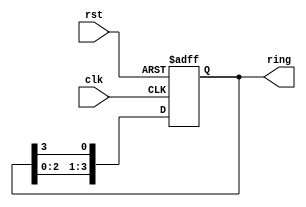
`timescale 1ns/1ps
/******************************************************************************
 * (C) Copyright 2016 AGH UST All Rights Reserved
 *
 * MODULE:    ring_counter
 * DEVICE:    general
 * PROJECT:   stopwatch
 * ABSTRACT:  This is a simple ring counter with parameterized size and initial
 *            value. The content of the ring counter is shifted left on each
 *            clock cycle
 *
 * Module provided by lecturer
 *
 * HISTORY:
 * 1 Jan 2016, RS - initial version
 *
 *****************************************************************************/
module ring_counter
    # ( parameter
        SIZE     = 4, // number of bits in the ring counter
        INIT_VAL = 1  // initial value after reset
    )
    (
        input  wire                  clk, // posedge clk
        input  wire                  rst, // async reset active HIGH
        output reg  [ SIZE - 1 : 0 ] ring // ring counter with one bit = 0
    );

    always @(posedge clk or posedge rst)
        if(rst)
            ring <= #1 INIT_VAL;                                   // reset counter
        else
            ring <= #1 { ring[ SIZE - 2 : 0 ], ring[ SIZE - 1 ] }; // rotate counter

endmodule